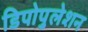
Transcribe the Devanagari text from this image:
डिपोपुलेशन